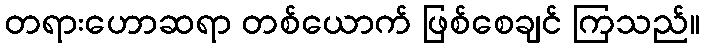
တရားဟောဆရာ တစ်ယောက် ဖြစ်စေချင် ကြသည်။